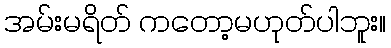
အမ်းမရိတ် ကတော့မဟုတ်ပါဘူး။